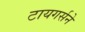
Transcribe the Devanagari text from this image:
टायगर्सने